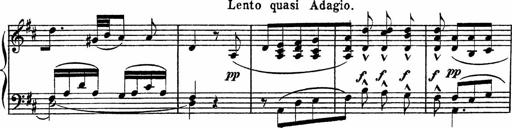
Title: Piano Sonatinas
Composer: Charles Fradel